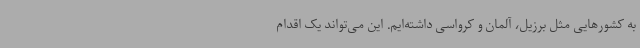
به کشورهایی مثل برزیل، آلمان و کرواسی داشته‌ایم. این می‌تواند یک اقدام